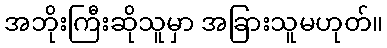
အဘိုးကြီးဆိုသူမှာ အခြားသူမဟုတ်။